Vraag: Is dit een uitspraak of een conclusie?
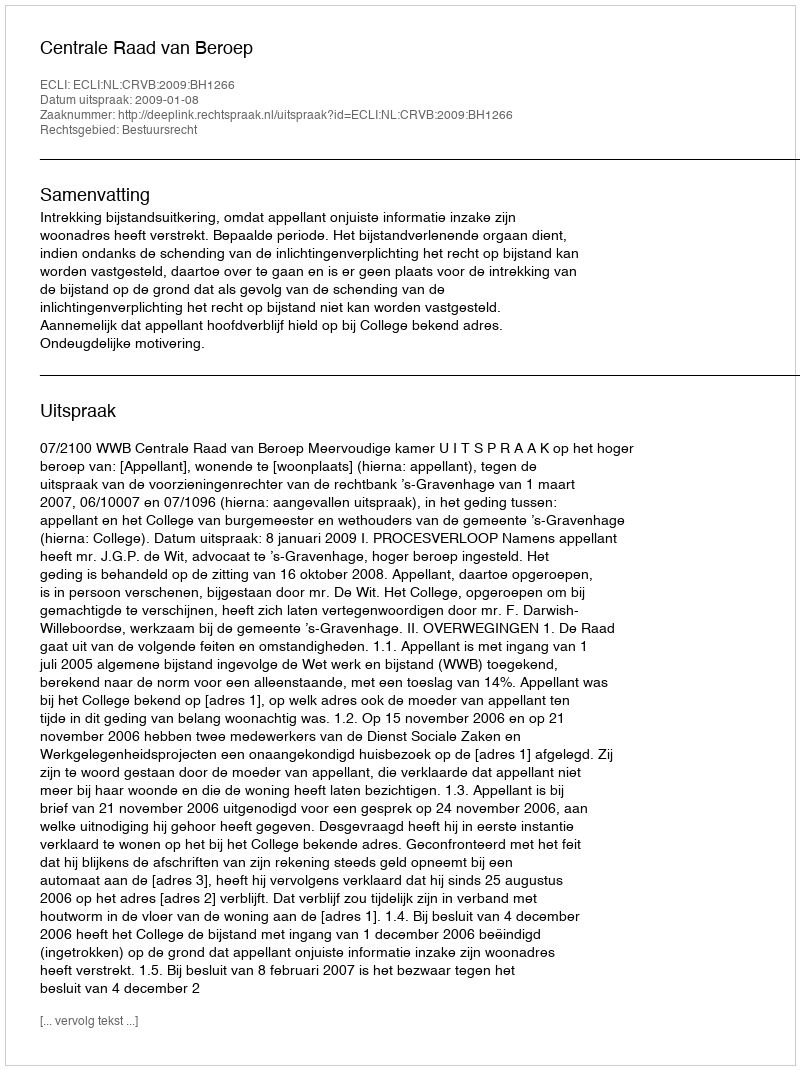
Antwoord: Uitspraak